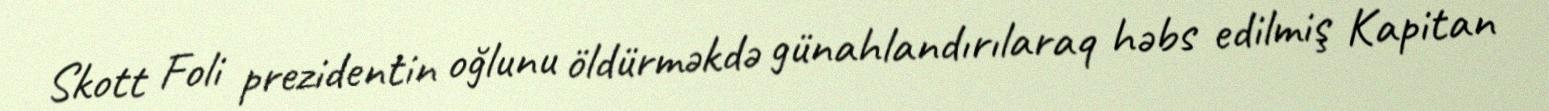
Skott Foli prezidentin oğlunu öldürməkdə günahlandırılaraq həbs edilmiş Kapitan